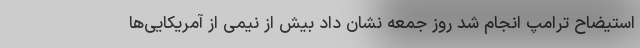
استیضاح ترامپ انجام شد روز جمعه نشان داد بیش از نیمی از آمریکایی‌ها